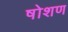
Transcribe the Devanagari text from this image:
षोशण